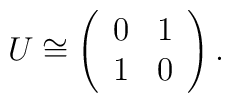
U\cong\left(\begin{array}{cc}0&1\\1&0\end{array}\right).